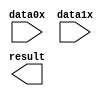
// megafunction wizard: %PARALLEL_ADD%VBB%
// GENERATION: STANDARD
// VERSION: WM1.0
// MODULE: parallel_add 

// ============================================================
// Megafunction Name(s):
// 			parallel_add
//
// Simulation Library Files(s):
// 			altera_mf
// ============================================================
// ************************************************************
// THIS IS A WIZARD-GENERATED FILE. DO NOT EDIT THIS FILE!
//
// 9.0 Build 132 02/25/2009 SJ Web Edition
// ************************************************************

//Copyright (C) 1991-2009 Altera Corporation
//Your use of Altera Corporation's design tools, logic functions 
//and other software and tools, and its AMPP partner logic 
//functions, and any output files from any of the foregoing 
//(including device programming or simulation files), and any 
//associated documentation or information are expressly subject 
//to the terms and conditions of the Altera Program License 
//Subscription Agreement, Altera MegaCore Function License 
//Agreement, or other applicable license agreement, including, 
//without limitation, that your use is for the sole purpose of 
//programming logic devices manufactured by Altera and sold by 
//Altera or its authorized distributors.  Please refer to the 
//applicable agreement for further details.

module parallel_add0 (
	data0x,
	data1x,
	result);

	input	[31:0]  data0x;
	input	[31:0]  data1x;
	output	[31:0]  result;

endmodule

// ============================================================
// CNX file retrieval info
// ============================================================
// Retrieval info: PRIVATE: INTENDED_DEVICE_FAMILY STRING "Stratix II"
// Retrieval info: PRIVATE: SYNTH_WRAPPER_GEN_POSTFIX STRING "0"
// Retrieval info: LIBRARY: altera_mf altera_mf.altera_mf_components.all
// Retrieval info: CONSTANT: MSW_SUBTRACT STRING "NO"
// Retrieval info: CONSTANT: PIPELINE NUMERIC "0"
// Retrieval info: CONSTANT: REPRESENTATION STRING "UNSIGNED"
// Retrieval info: CONSTANT: RESULT_ALIGNMENT STRING "LSB"
// Retrieval info: CONSTANT: SHIFT NUMERIC "0"
// Retrieval info: CONSTANT: SIZE NUMERIC "2"
// Retrieval info: CONSTANT: WIDTH NUMERIC "32"
// Retrieval info: CONSTANT: WIDTHR NUMERIC "32"
// Retrieval info: USED_PORT: data0x 0 0 32 0 INPUT NODEFVAL "data0x[31..0]"
// Retrieval info: USED_PORT: data1x 0 0 32 0 INPUT NODEFVAL "data1x[31..0]"
// Retrieval info: USED_PORT: result 0 0 32 0 OUTPUT NODEFVAL "result[31..0]"
// Retrieval info: CONNECT: @data 0 0 32 32 data1x 0 0 32 0
// Retrieval info: CONNECT: @data 0 0 32 0 data0x 0 0 32 0
// Retrieval info: CONNECT: result 0 0 32 0 @result 0 0 32 0
// Retrieval info: GEN_FILE: TYPE_NORMAL parallel_add0.v TRUE
// Retrieval info: GEN_FILE: TYPE_NORMAL parallel_add0.inc TRUE
// Retrieval info: GEN_FILE: TYPE_NORMAL parallel_add0.cmp FALSE
// Retrieval info: GEN_FILE: TYPE_NORMAL parallel_add0.bsf TRUE FALSE
// Retrieval info: GEN_FILE: TYPE_NORMAL parallel_add0_inst.v FALSE
// Retrieval info: GEN_FILE: TYPE_NORMAL parallel_add0_bb.v TRUE
// Retrieval info: LIB_FILE: altera_mf